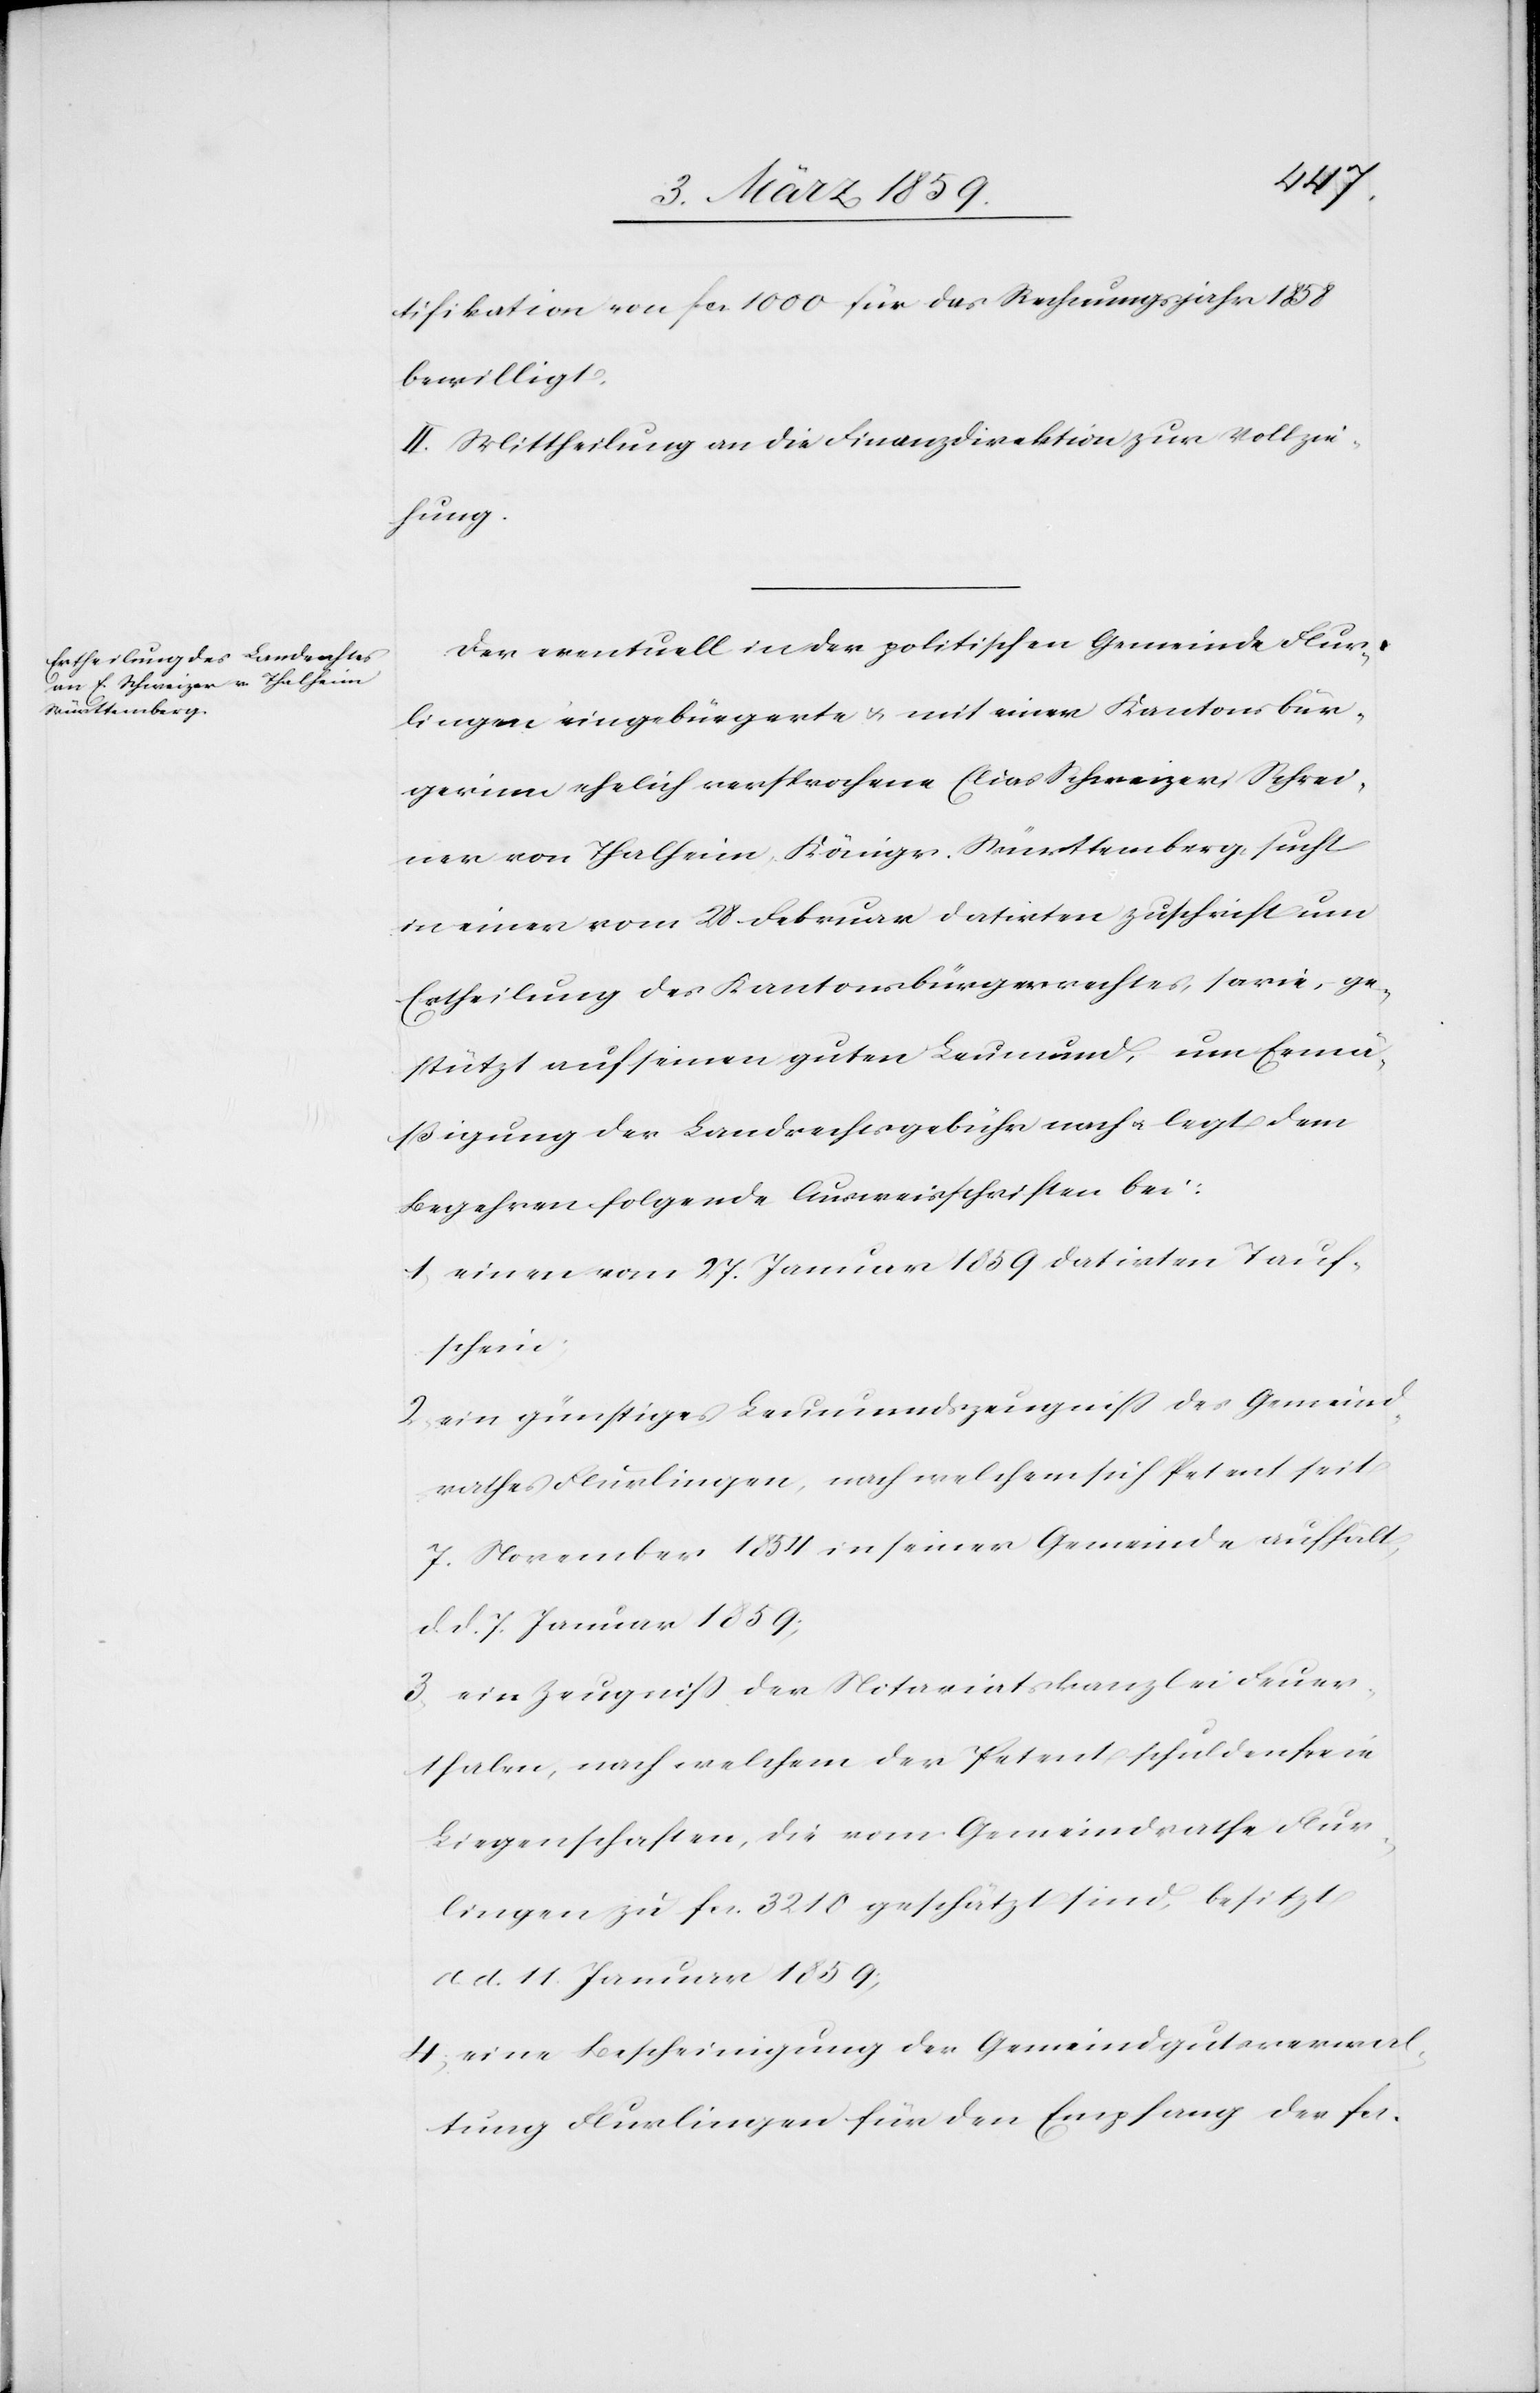
tifikation von fcs. 1000 für das Rechnungsjahr 1858
bewilligt.
II. Mittheilung an die Finanzdirektion zur Vollzie¬
hung.
Der eventuell in der politischen Gemeinde Flur¬
lingen eingebürgerte u. mit einer Kantonsbür¬
gerinn [sic!] ehelich versprochene Elias Schweizer, Schrei¬
ner von Thalheim, Königr. Württemberg, sucht
in einer vom 28 Februar datirten Zuschrift um
Ertheilung des Kantonsbürgerrechtes, sowie, ge¬
stützt auf seinen guten Leumund, um Ermä¬
ßigung der Landrechtsgebühr nach u. legt dem
Begehren folgende Ausweisschriften bei:
1) einen vom 27. Januar 1859 datirten Tauf¬
schein;
2) ein günstiges Leumundszeugniß des Gemeind¬
rathes Flurlingen, nach welchem sich Petent seit
7. November 1854 in seiner Gemeinde aufhält,
d. d. 7. Januar 1859;
3) ein Zeugniß der Notariatskanzlei Feuer¬
thalen, nach welchem der Petent schuldenfreie
Liegenschaften, die vom Gemeindrathe Flur¬
lingen zu fcs. 3210 geschätzt sind, besitzt
d. d. 11. Januar 1859;
4) eine Bescheinigung der Gemeindgutsverwal¬
tung Flurlingen für den Empfang der fcs.